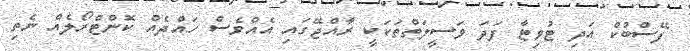
ފޭސްބުކް އަދި ޓުވިޓާ ފަދަ ވަސީލަތްތަކަކީ ރާއްޖޭގައި އެއްވެސް ހައްދެއް ކޮންޓްރޯލެއް ނެތި